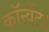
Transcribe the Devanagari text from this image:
कॉन्वेंट।